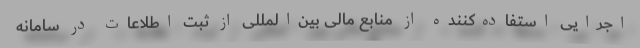
اجرایی استفاده‌کننده از منابع مالی بین‌المللی از ثبت اطلاعات در سامانه